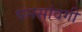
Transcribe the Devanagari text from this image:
घनसांवगी